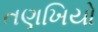
તણખિયો